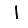
Digit: 1